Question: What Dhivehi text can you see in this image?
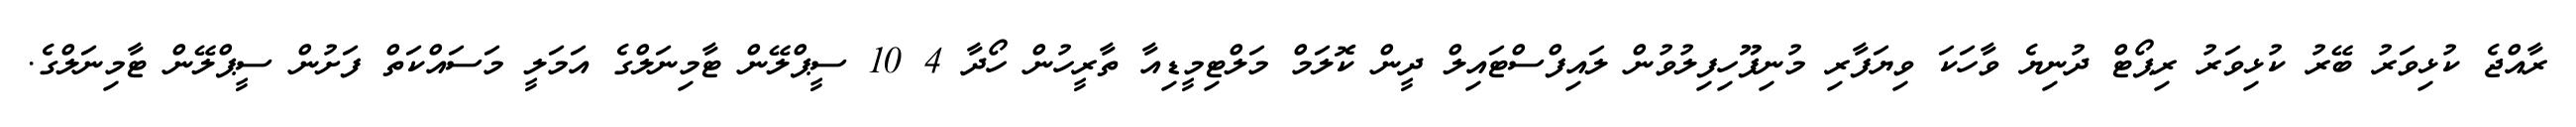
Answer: ރާއްޖެ ކުޅިވަރު ބޭރު ކުޅިވަރު ރިޕޯޓް ދުނިޔެ ވާހަކަ ވިޔަފާރި މުނިފޫހިފިލުވުން ލައިފްސްޓައިލް ދީން ކޮލަމް މަލްޓިމީޑިއާ ތާރީހުން ހޯދާ 4 10 ސީޕްލޭން ޓާމިނަލްގެ އަމަލީ މަސައްކަތް ފަށުން ސީޕްލޭން ޓާމިނަލްގެ.